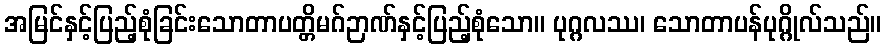
အမြင်နှင့်ပြည့်စုံခြင်းသောတာပတ္တိမဂ်ဉာဏ်နှင့်ပြည့်စုံသော။ ပုဂ္ဂလဿ၊ သောတာပန်ပုဂ္ဂိုလ်သည်။